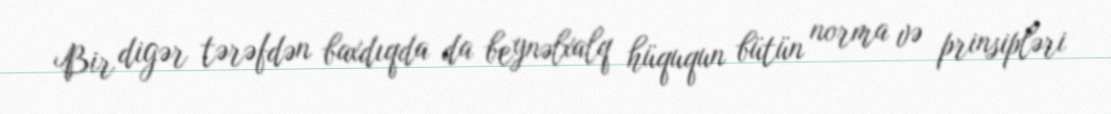
Bir digər tərəfdən baxdıqda da beynəlxalq hüququn bütün norma və prinsipləri